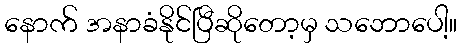
နောက် အနာခံနိုင်ပြီဆိုတော့မှ သဘောပေါ့။